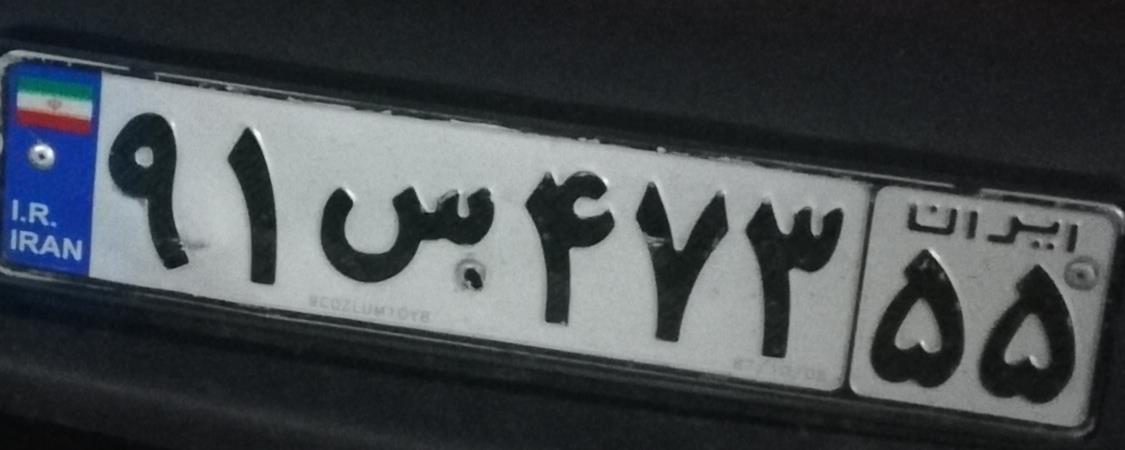
۹۱س۴۷۳۵۵